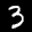
Label: 3